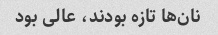
نان‌ها تازه بودند، عالی بود